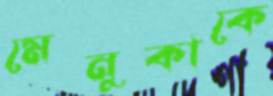
মেনুকাকে